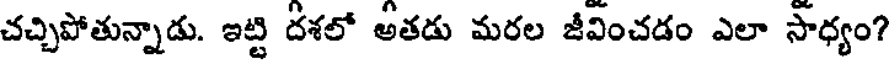
చచ్చిపోతున్నాడు. ఇట్టి దశలో అతడు మరల జీవించడం ఎలా సాధ్యం?